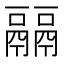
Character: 𩱇